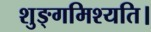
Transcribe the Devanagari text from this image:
शुङ्गमिश्यति।